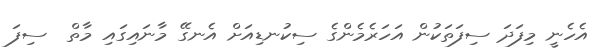
އެހެނީ މިފަދަ ސިފަތަކުން އަހަރެމެންގެ ސިކުނޑިއަށް އެނގޭ މާނައިގައި މާތް  ސިފަ